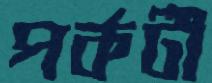
পর্কটী